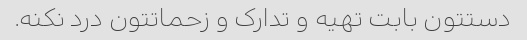
دستتون بابت تهیه و تدارک و زحماتتون درد نکنه.